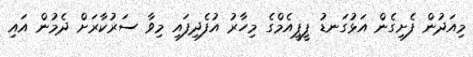
މިއަދުން ފެށިގެން އަޅުގަނޑު ޕީޕީއެމްގެ މިހާރު އުފެދިފައި މިވާ ސަރުކާރަށް ދެމުން އައި